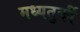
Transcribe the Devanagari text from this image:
मध्यतुर्की